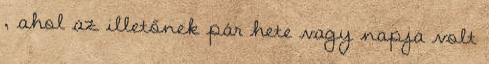
, ahol az illetőnek pár hete vagy napja volt